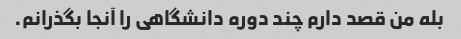
بله من قصد دارم چند دوره دانشگاهی را آنجا بگذرانم.